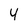
Character: 4